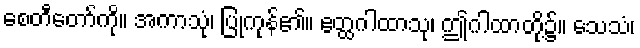
စေတီတော်ကို။ အကာသုံ၊ ပြုကုန်၏။ ဧတ္ထဂါထာသု၊ ဤဂါထာတို့၌။ သေသံ၊